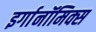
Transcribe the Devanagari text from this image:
इर्गानॉमिक्स